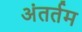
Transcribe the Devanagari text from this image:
अंतर्तम